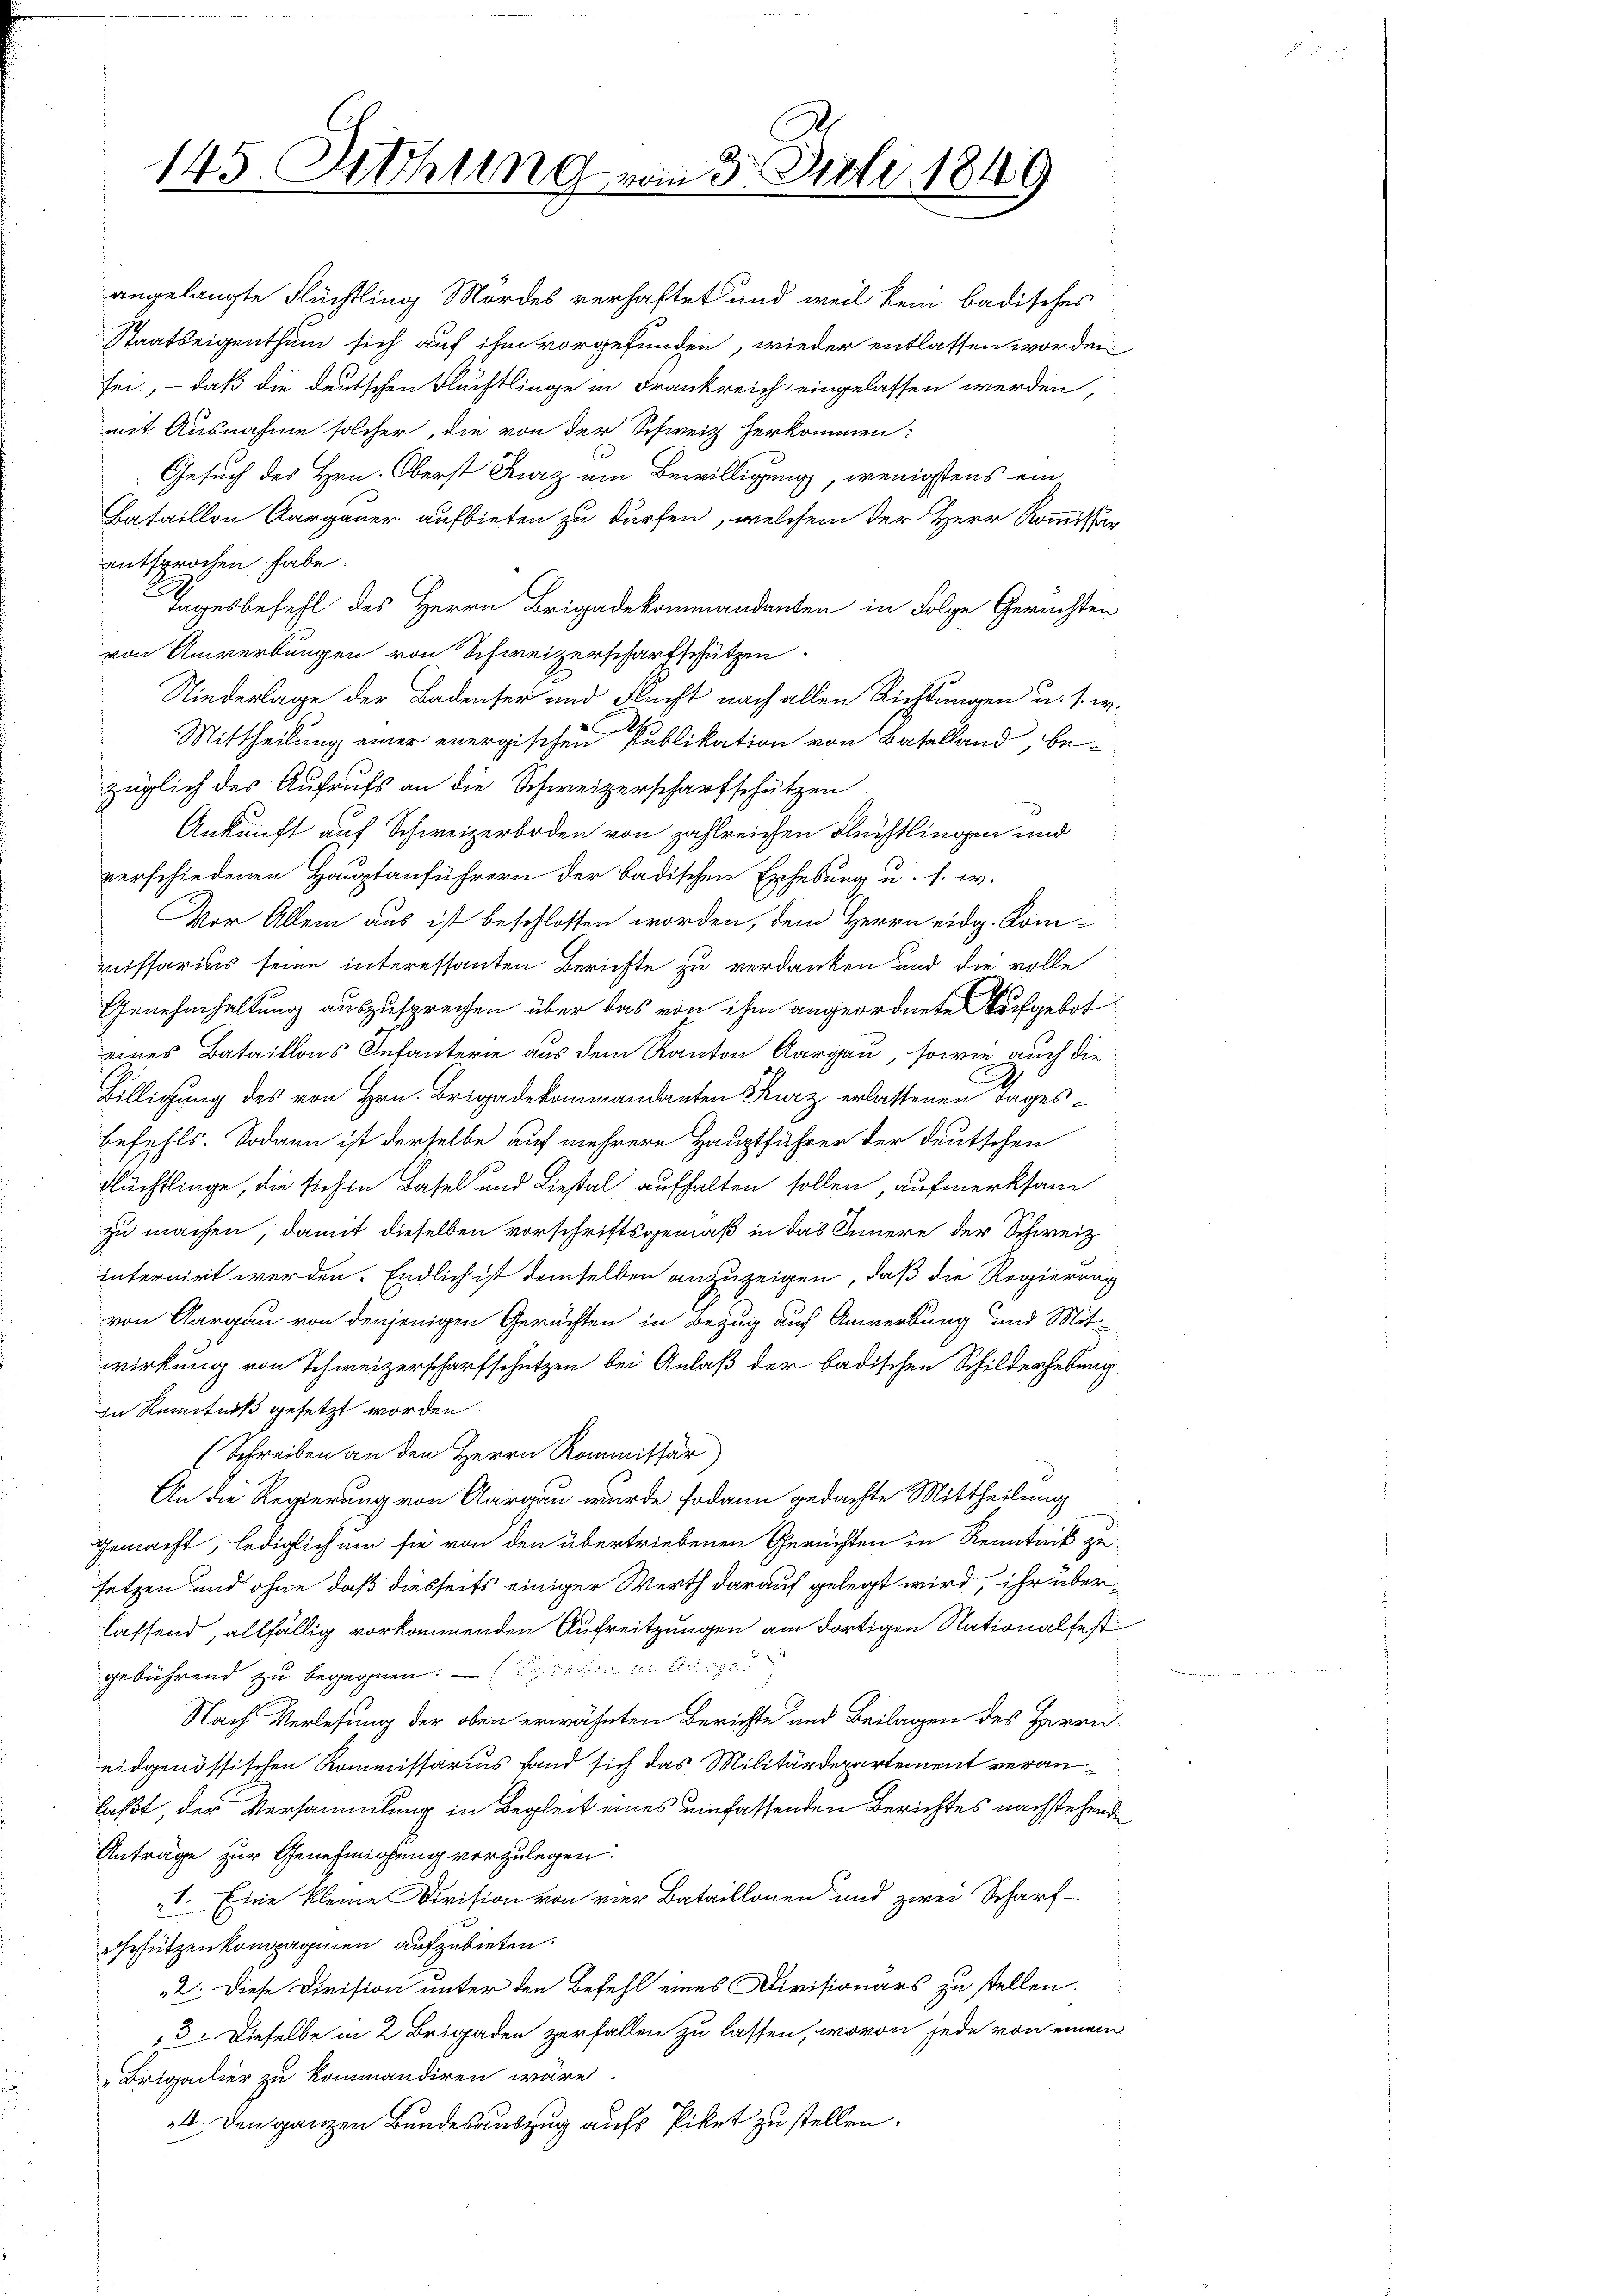
145. Sitzung vom 3. Juli 1849

entsprochen habe.
züglich des Aufrufs an die Schweizerscharfschützen
Ankunft auf Schweizerboden von zahlreichen Flüchtlingen und
verschiedenen Hauptanführern der badischen Erhebung u. s. w.
Vor Allem aus ist beschlossen worden, dem Herrn eidg. Kom-
missarius seine interessanten Berichte zu verdanken und die volle
Genehmhaltung auszusprechen über das von ihm angeordnete Aufgebot
eines Bataillons Infanterie aus dem Kanton Aargau, sowie auch die
Billigung des von Hrn. Brigadekommandanten Kurz erlassenen Tages¬
Befehls. Sodann ist derselbe auf mehrere Hauptführer der deutschen
Flüchtlinge, die sich in Basel und Liestal aufhalten sollen aufmerksam
zu machen, damit dieselben vorschriftsgemäß in das Innere der Schweiz
internirt werden. Endlich ist demselben anzuzeigen, daß die Regierung
von Aargau von denjenigen Gerüchten in Bezug auch Anwerbung und Mitwirkung von Schweizerscharfschützen bei Anlaß der badischen Schilderhebung
in Kenntniß gesetzt worden.
(Schreiben an den Herrn Kommissär
)
An die Regierung von Aargau wurde sodann gedachte Mittheilung
gemacht, lediglich um sie von den übertriebenen Gerichten in Kenntniß zu
setzen und ohne daß diesseits einiger Werth darauf gelegt wird, ihr überlassend, allfällig vorkommenden Aufreitzungen am dortigen Nationalfest
gebührend zu begegnen. — Eine an Augen
Nach Verlesung der oben erwähnten Berichte und Beilagen des Herrn
eidgenössischen Kommissarius fand sich das Militärdepartement veranlaßt, der Versammlung in Begleit eines umfassenden Berichtes nachstehende
Anträge zur Genehmigung vorzulegen.
1. Eine kleine Division von vier Bataillonen und zwei Scharf
gehützenkompagnien aufzubieten.
2. Diese Division unter den Befehl eines Divisionärs zu stellen.
53. Dieselbe in 2 Brigaden zerfallen zu lassen, wovon jede von einem
"Brigalier zu kommandiren wäre.
4. Den ganzen Bundesauszug aufs Piket zu stellen.

angelangte Flüchtling Mordes verhaftet und weil kein badisches
Staatseigenthum sich auf ihm vorgefunden, wieder entlassen worden
sei, – daß die deutschen Fluchtlinge in Frankreich eingelassen werden,
mit Ausnahme solcher, die von der Schweiz herkommen:
Gesuch des Hrn. Oberst Kurz ein Bewilligung, wenigstens ein
Bataillon Aargauer aufbieten zu dürfen, welchem der Herr Kommissär
Tagesbefehl des Herrn Brigadekommandanten in Folge Gerichten
von Anwerbungen von Schweizerscharfschützen.
Niederlage der Badenser und Flucht nach allen Richtungen u. s. w.
Mittheilung einer energischen Publikation von Baselland, be-